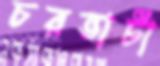
চরভাটা